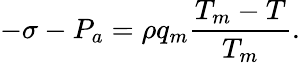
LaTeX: -\sigma-P_{a}=\rho q_{m}\frac{T_{m}-T}{T_{m}}.